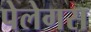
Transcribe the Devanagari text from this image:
पेलेगस